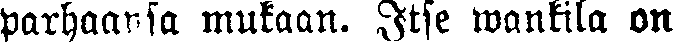
parhaansa mukaan. Itse wankila on